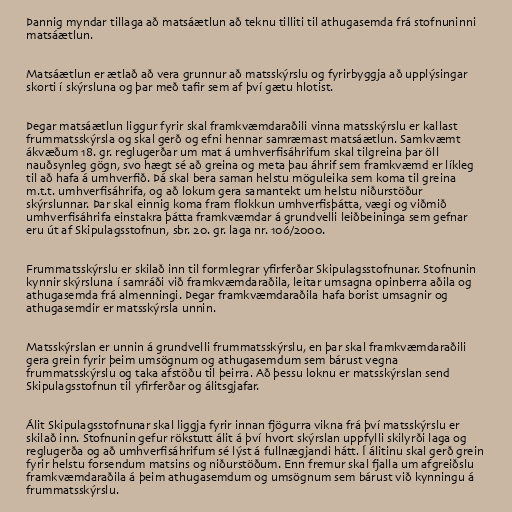
Þannig myndar tillaga að matsáætlun að teknu tilliti til athugasemda frá stofnuninni
matsáætlun.

Matsáætlun er ætlað að vera grunnur að matsskýrslu og fyrirbyggja að upplýsingar
skorti í skýrsluna og þar með tafir sem af því gætu hlotist.

Þegar matsáætlun liggur fyrir skal framkvæmdaraðili vinna matsskýrslu er kallast
frummatsskýrsla og skal gerð og efni hennar samræmast matsáætlun. Samkvæmt
ákvæðum 18. gr. reglugerðar um mat á umhverfisáhrifum skal tilgreina þar öll
nauðsynleg gögn, svo hægt sé að greina og meta þau áhrif sem framkvæmd er líkleg
til að hafa á umhverfið. Þá skal bera saman helstu möguleika sem koma til greina
m.t.t. umhverfisáhrifa, og að lokum gera samantekt um helstu niðurstöður
skýrslunnar. Þar skal einnig koma fram flokkun umhverfisþátta, vægi og viðmið
umhverfisáhrifa einstakra þátta framkvæmdar á grundvelli leiðbeininga sem gefnar
eru út af Skipulagsstofnun, sbr. 20. gr. laga nr. 106/2000.

Frummatsskýrslu er skilað inn til formlegrar yfirferðar Skipulagsstofnunar. Stofnunin
kynnir skýrsluna í samráði við framkvæmdaraðila, leitar umsagna opinberra aðila og
athugasemda frá almenningi. Þegar framkvæmdaraðila hafa borist umsagnir og
athugasemdir er matsskýrsla unnin.

Matsskýrslan er unnin á grundvelli frummatsskýrslu, en þar skal framkvæmdaraðili
gera grein fyrir þeim umsögnum og athugasemdum sem bárust vegna
frummatsskýrslu og taka afstöðu til þeirra. Að þessu loknu er matsskýrslan send
Skipulagsstofnun til yfirferðar og álitsgjafar.

Álit Skipulagsstofnunar skal liggja fyrir innan fjögurra vikna frá því matsskýrslu er
skilað inn. Stofnunin gefur rökstutt álit á því hvort skýrslan uppfylli skilyrði laga og
reglugerða og að umhverfisáhrifum sé lýst á fullnægjandi hátt. Í álitinu skal gerð grein
fyrir helstu forsendum matsins og niðurstöðum. Enn fremur skal fjalla um afgreiðslu
framkvæmdaraðila á þeim athugasemdum og umsögnum sem bárust við kynningu á
frummatsskýrslu.